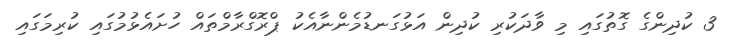
3 ކުދިންގެ ގޮތުގައި މި ވާދަކުރި ކުދިން އަޅުގަނޑުމެންނާއެކު ޕްރޮގްރާމްތައް ހުށައެޅުމުގައި ކުރިމަގައި